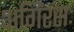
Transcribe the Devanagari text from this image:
अगिंरसः